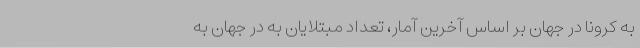
به کرونا در جهان بر اساس آخرین آمار، تعداد مبتلایان به در جهان به